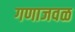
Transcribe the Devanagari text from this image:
गणाजवळ